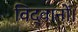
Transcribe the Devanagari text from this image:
विद्वानों।